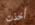
أخذت